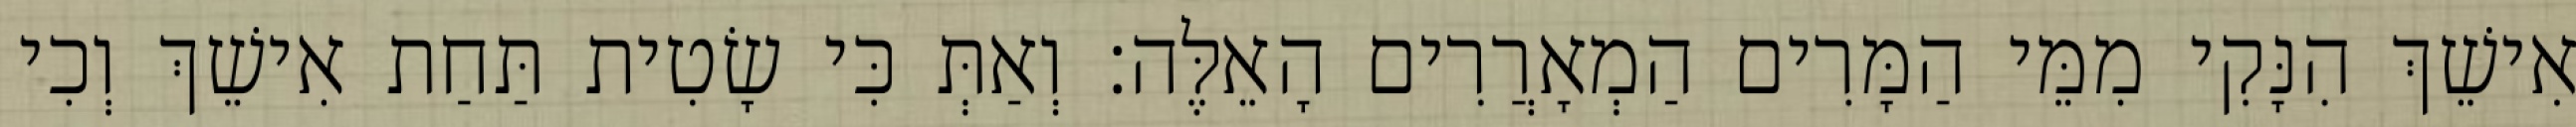
אִישֵׁךְ הִנָּקִי מִמֵּי הַמָּרִים הַמְאָרֲרִים הָאֵלֶּה׃ וְאַתְּ כִּי שָׂטִית תַּחַת אִישֵׁךְ וְכִי